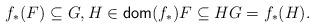
LaTeX: \begin{align*}f_\ast(F) \subseteq G, H \in \mathsf{dom}(f_\ast)F \subseteq H G = f_\ast(H).\end{align*}